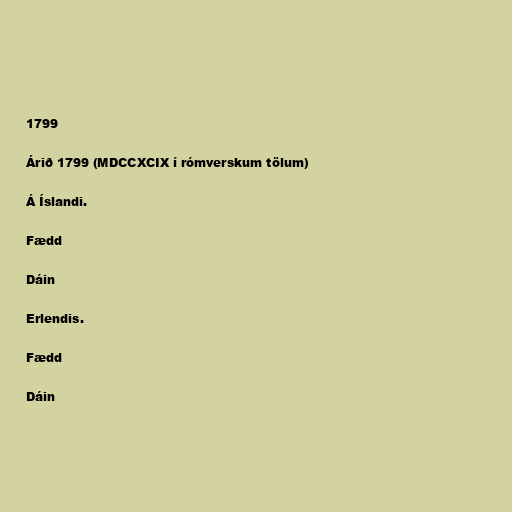
1799

Árið 1799 (MDCCXCIX í rómverskum tölum)

Á Íslandi.

Fædd

Dáin

Erlendis.

Fædd

Dáin